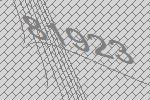
81923